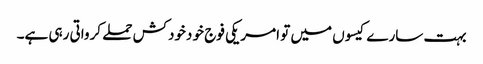
بہت سارے کیسوں میں تو امریکی فوج خو دخودکش حملے کرواتی رہی ہے۔